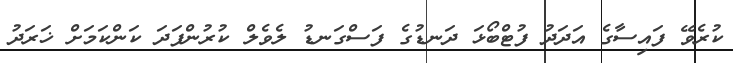
ކުރެވޭ ފައިސާގެ އަދަދު ފުޓްބޯޅަ ދަނޑުގެ ފަސްގަނޑު ލެވެލް ކުރުންފަދަ ކަންކަމަށް ޚަރަދު